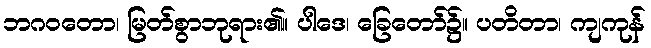
ဘဂဝတော၊ မြတ်စွာဘုရား၏။ ပါဒေ၊ ခြေတော်၌။ ပတိတာ၊ ကျကုန်